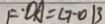
F \cdot O A = G \cdot O B